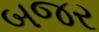
બજર